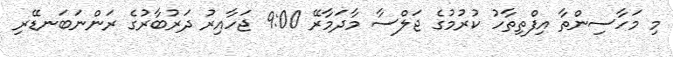
މި މަހާސިންތާ އިފްތިތާހު ކުރުމުގެ ޖަލްސާ މާދަމާރޭ 9:00 ޖަހާއިރު ދަރުބާރުގެ ރަންނަބަނޑޭރި